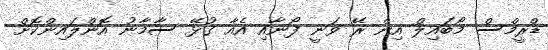
ޑްރީމްސް މޯބައިލް އިން ރޭ ވަނީ ފޯނާއި އެއާ ގުޅޭ ސާމާނު އޮންލައިންކޮށް